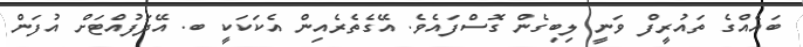
ބައެއްގެ ތައުރީފް ވަނީ ލިބިގެން ގޮސްފައެވެ. އޭގެތެރެއިން އެކަކަކީ ބ. އޭދަފުއްޓަށް އުފަން